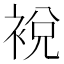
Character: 裞